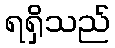
ရရှိသည်